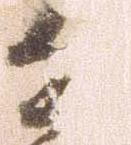
近